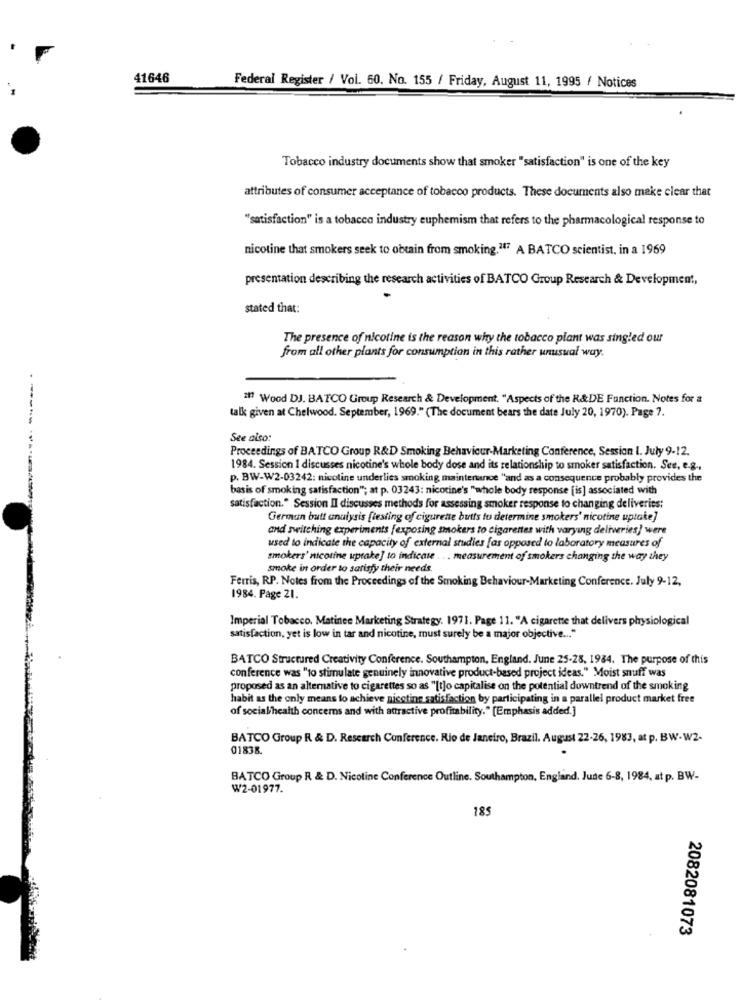
41646
Federal Register / Vol. 60. No. 155 / Friday, August 11, 1995 / Notices
Tobacco industry documents show that smoker "satisfaction" is one of the key
attributes of consumer acceptance of tobacco products. These documents also make clear that
"satisfaction" is a tobacco industry euphemism that refers to the pharmacological response to
nicotine that smokers seek to obtain from smoking."47 A BATCO scientist, in a 1969
presentation describing the research activities of BATCO Group Research & Development,
stated that:
The presence of nicotine is the reason why the tobacco plant was singled our
from all other plants for consumption in this rather unusual way.
21 Wood DJ. BATCO Group Research & Development. "Aspects of the R&DE Function. Notes for a
talk given at Chelwood. September, 1969." (The document bears the date July 20, 1970). Page 7.
See also:
Proceedings of BATCO Group R&D Smoking Behaviour-Marketing Conference, Session I. July 9-12.
---------
1984. Session I discusses nicotine's whole body dose and its relationship to smoker satisfaction. See, e.g .,
p. BW-W2-03242: nicoline underlies smoking maintenance "and as a consequence probably provides the
basis of smoking satisfaction"; at p. 03243: nicotine's "whole body response [is] associated with
satisfaction." Session Il discusses methods for assessing smoker response to changing deliveries:
German butt analysis [testing of cigurette butts to determine smokers' nicotine uptake]
and switching experiments [exposing smokers to cigarettes with varying deliveries) were
used to indicate the capacity of external studies [as opposed to laboratory measures of
smokers' nicotine uptake] to indicate . .. measurement of smokers changing the way they
smoke in order to satisfy their needs.
Ferris, RP. Notes from the Proceedings of the Smoking Behaviour-Marketing Conference. July 9-12,
1984. Page 21.
Imperial Tobacco. Matinee Marketing Strategy. 1971. Page 11. "A cigarette that delivers physiological
satisfaction, yet is low in tar and nicotine, must surely be a major objective ... "
BATCO Structured Creativity Conference. Southampton, England. June 25-28, 1984. The purpose of this
conference was "to stimulate genuinely innovative product-based project ideas." Moist snuff was
proposed as an alternative to cigarettes so as "[t]o capitalise on the potential downtrend of the smoking
habit as the only means to achieve nicotine satisfaction by participating in a parallel product market free
of social/health concerns and with attractive profitability." [Emphasis added.]
BATCO Group R & D. Rescarch Conference. Rio de Janeiro, Brazil. August 22-26, 1983, at p. BW-W2-
01838.
BATCO Group R & D. Nicotine Conference Outline. Southampton, England. Jude 6-8, 1984, at p. BW-
W2-01977.
185
2082081073